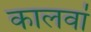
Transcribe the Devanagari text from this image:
कालवां